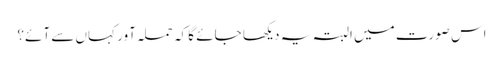
اس صورت میں البتہ یہ دیکھا جائے گا کہ حملہ آور کہاں سے آئے؟